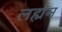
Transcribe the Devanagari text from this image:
लर्ह्मन